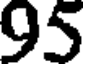
95